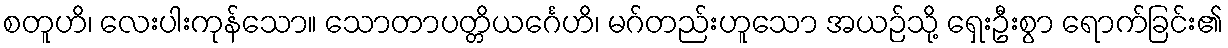
စတူဟိ၊ လေးပါးကုန်သော။ သောတာပတ္တိယင်္ဂေဟိ၊ မဂ်တည်းဟူသော အယဉ်သို့ ရှေးဦးစွာ ရောက်ခြင်း၏